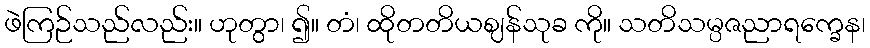
ဖဲကြဉ်သည်လည်း။ ဟုတွာ၊ ၍။ တံ၊ ထိုတတိယဈန်သုခ ကို။ သတိသမ္ပဇညာရက္ခေန၊